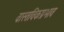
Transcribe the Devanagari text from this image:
वास्तविकप्रभाव